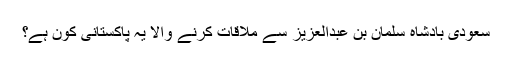
سعودی بادشاہ سلمان بن عبدالعزیز سے ملاقات کرنے والا یہ پاکستانی کون ہے؟